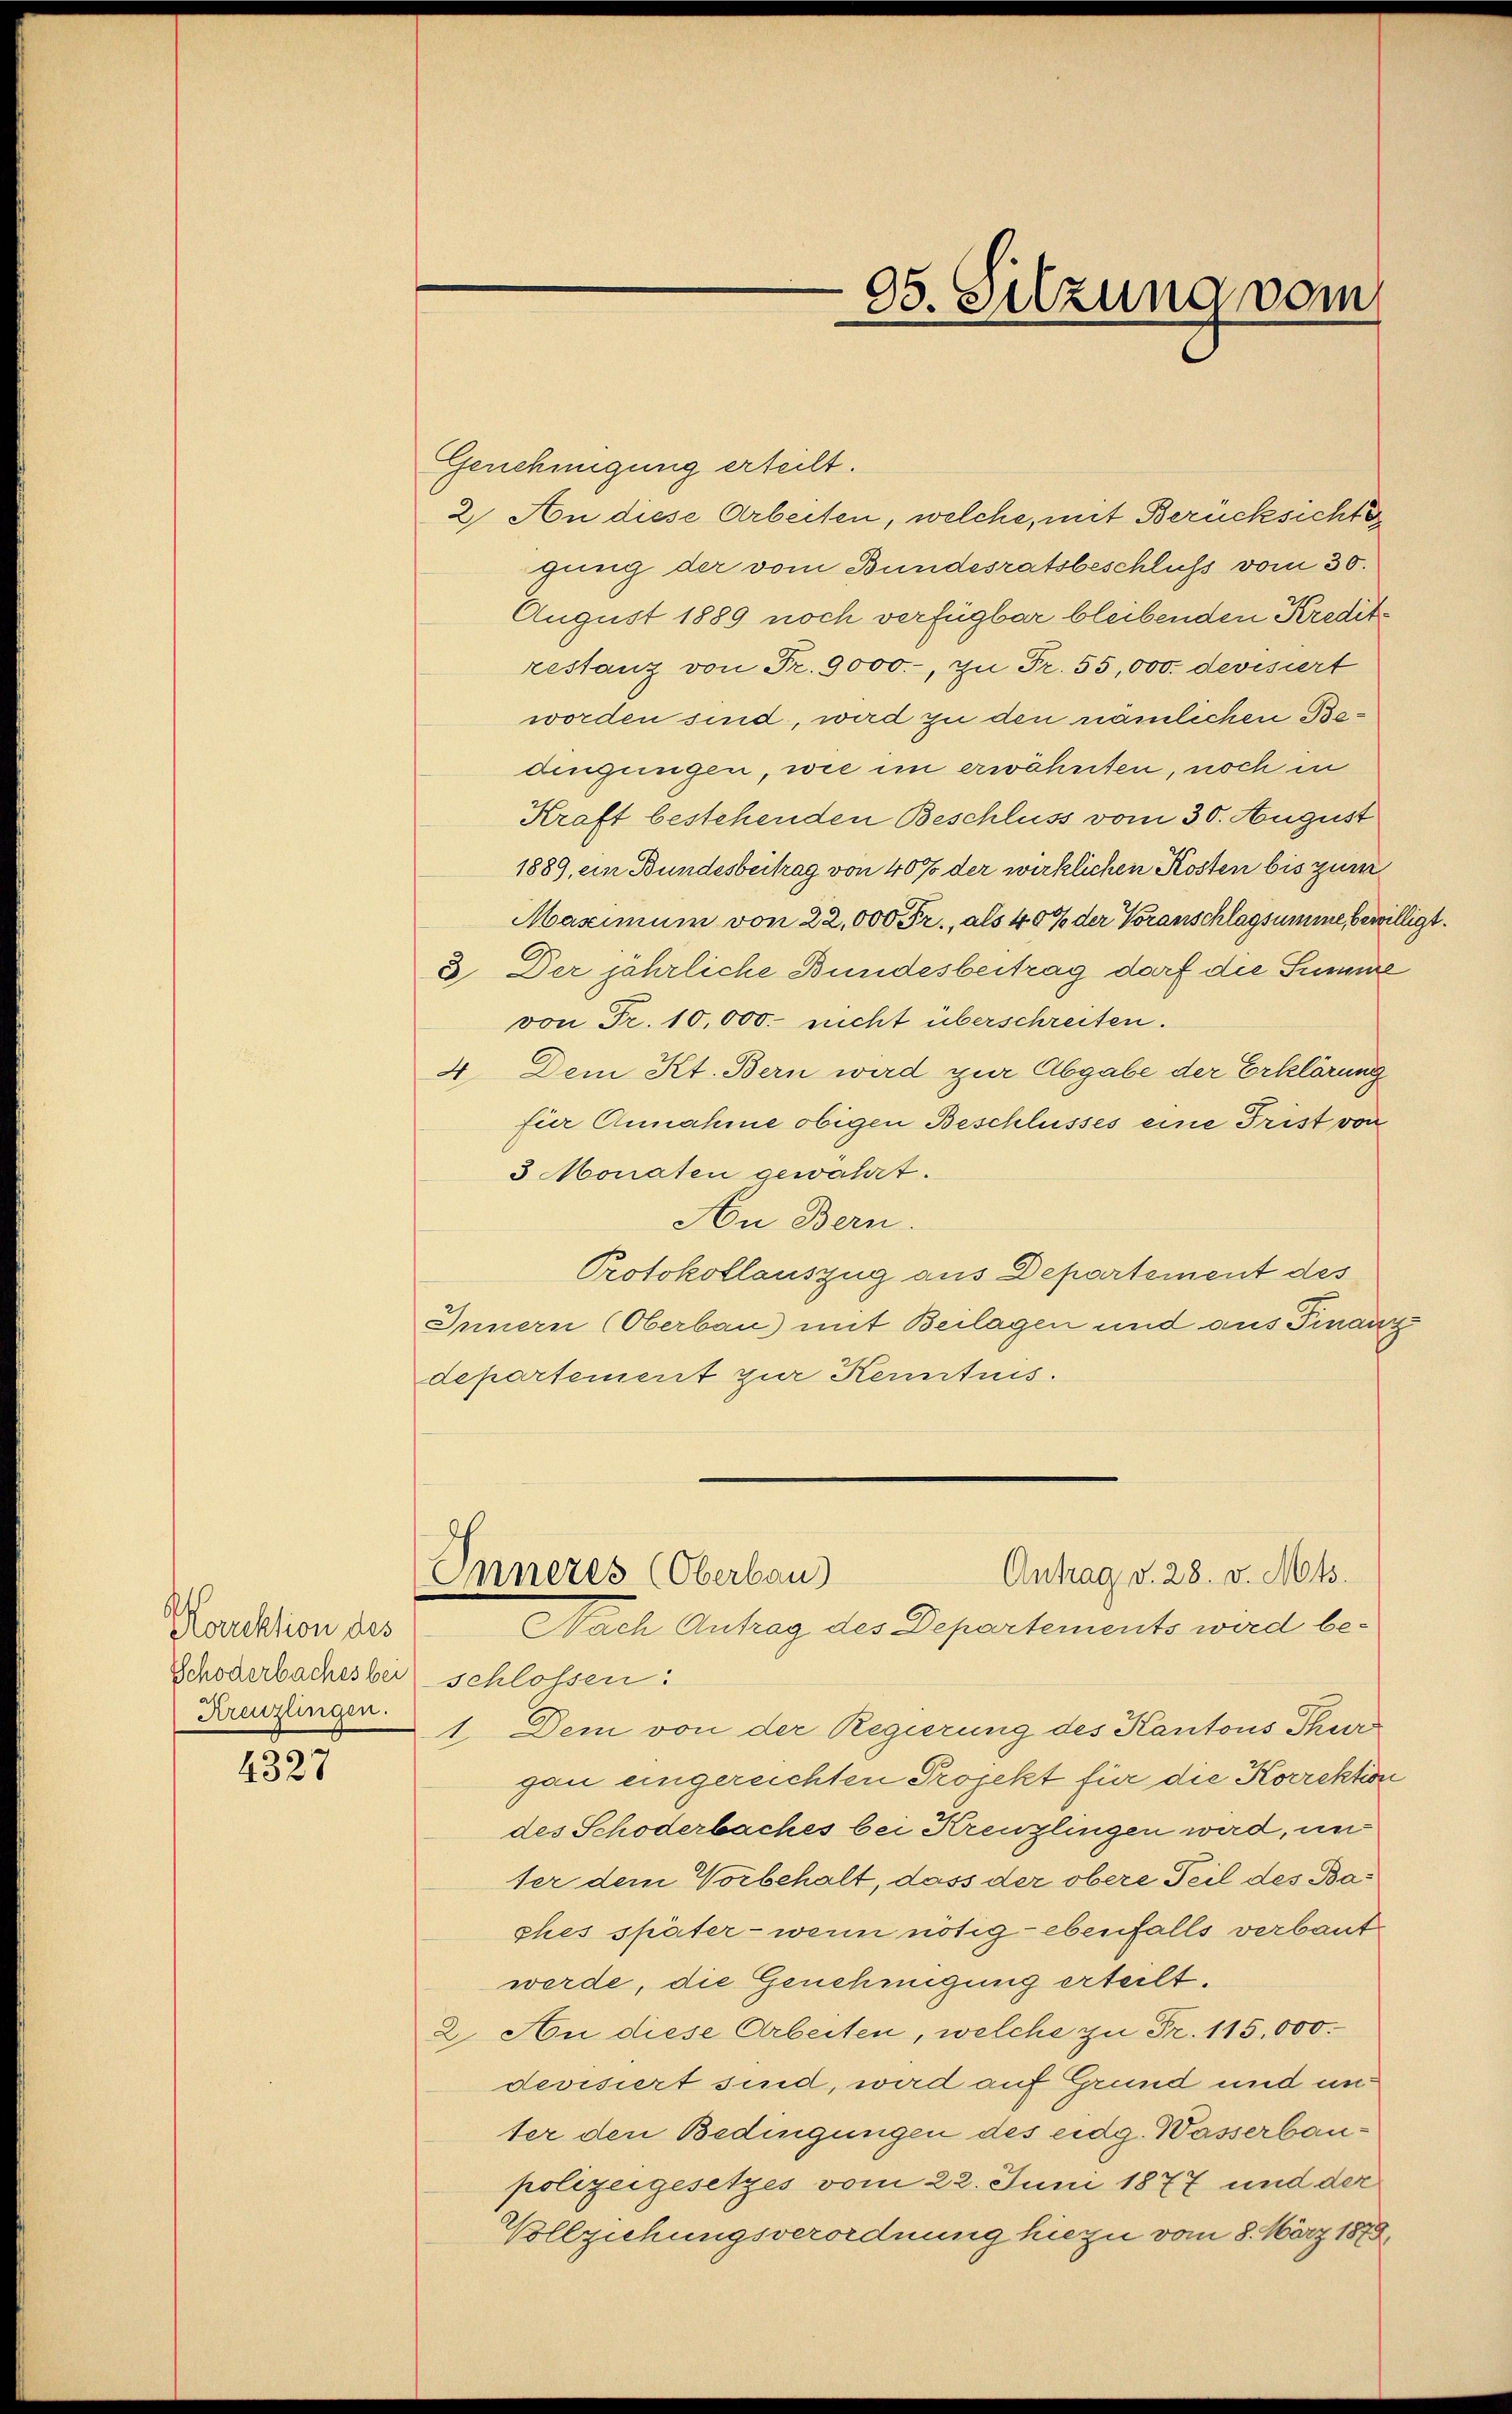
Horuktion des
Schöderbaches bei
Kreuzlingen.

4327

Genehmigung erteilt.
2. An diese Arbeiten, welche, mit Berücksichte
gung der vom Bundesratsbeschluss vom 30.
August 1889 noch verfügbar bleibenden Kredite
restanz von Fr. 9000.-, zu Fr. 55,000. devisiert
worden sind, wird zu den nämlichen Bedingungen, wie im erwähnten, noch in
Kraft bestehenden Beschluss vom 30. August
1889, ein Bundesbeitrag von 40% der wirklichen Kosten bis zum
Maximum von 22,000 Fr., als 40% der Voranschlagsumme bewilligt.
3. Der jährliche Bundesbeitrag darf die Summe
von Fr. 10,000. nicht überschreiten.
4. Dem Kt. Bern wird zur Abgabe der Erklärung
für Annahme obigen Beschlusses eine Frist von
3 Monaten gewährt.
An Bern.
Protokollauszug aus Departement des
Innern (Oberbau) mit Beilagen und aus Finanz
departement zur Kenntnis.
Antrag v. 28. v. Mts.
Inneres (Oberbau
Nach Antrag des Departements wird beschlossen:
1. Dem von der Regierung des Kantons Thur
gau eingereichten Projekt für die Korrektion
des Schöderbaches bei Kreuzlingen wird, unter dem Vorbehalt, dass der obere Teil des Baphes später - wenn nötig - ebenfalls verbaut
werde, die Genehmigung erteilt.
2. An diese Arbeiten, welche zu Fr. 115,000.
devisiert sind, wird auf Grund und unter den Bedingungen des eidg. Wasserbaupolizeigesetzes vom 22. Juni 1877 und der
Vollziehungsverordnung hiezu vom 8. März 1878

05. Sitzung vom